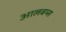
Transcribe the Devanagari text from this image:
आलबम्स